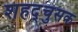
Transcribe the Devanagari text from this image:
शहद्चुसक